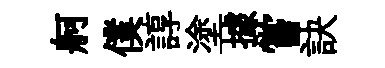
舸僕諄塗據嘗訣